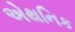
એથનિક